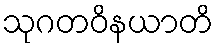
သုဂတဝိနယာတိ